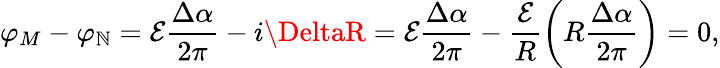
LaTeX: \varphi_{M}-\varphi_{\mathbb{N}}=\mathcal{E}\frac{{\Delta\alpha}}{{2\pi}}-i\DeltaR=\mathcal{E}\frac{{\Delta\alpha}}{{2\pi}}-\frac{{\mathcal{E}}}{{R}}\left(R\frac{{\Delta\alpha}}{{2\pi}}\right)=0,